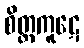
စိတ္တကူဋေ